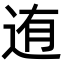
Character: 迶